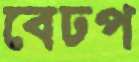
বেঢপ